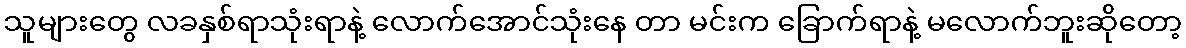
သူများတွေ လခနှစ်ရာသုံးရာနဲ့ လောက်အောင်သုံးနေ တာ မင်းက ခြောက်ရာနဲ့ မလောက်ဘူးဆိုတော့